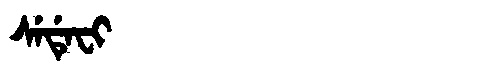
Manchu: ᠰᡝᡩᡝᠸᡳ
Romanization: SEDEFI